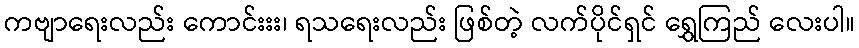
ကဗျာရေးလည်း ကောင်းးး၊ ရသရေးလည်း ဖြစ်တဲ့ လက်ပိုင်ရှင် ရွှေကြည် လေးပါ။